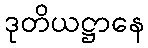
ဒုတိယဋ္ဌာနေ